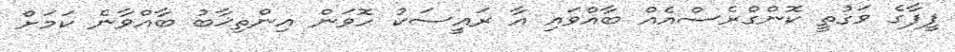
ފީފާގެ ވަގުތީ ކޮންގްރެސްއެއް ބާއްވައި އާ ރައީސަކު ހޮވަން އިންތިޚާބު ބާއްވާނެ ކަމަށް